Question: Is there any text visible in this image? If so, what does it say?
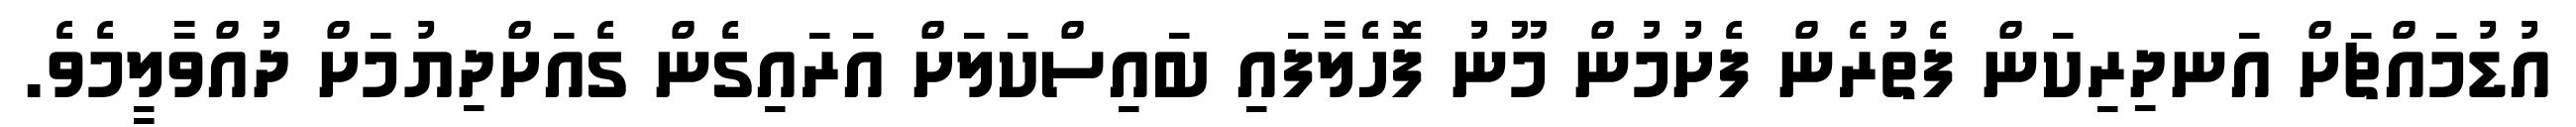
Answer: އުޑުމައްޗަށް އަނދިރިކަން ފެތުރެން ފެށުމުން މޫނު ފޮހެލާފައި ބައިސްކަލަށް އަރައިގެން ގެއަށްދިޔުމަށް ދުއްވާލީމެވެ.